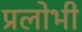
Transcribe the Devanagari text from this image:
प्रलोभी